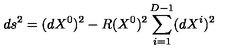
d s ^ { 2 } = ( d X ^ { 0 } ) ^ { 2 } - R ( X ^ { 0 } ) ^ { 2 } \sum _ { i = 1 } ^ { D - 1 } ( d X ^ { i } ) ^ { 2 }